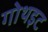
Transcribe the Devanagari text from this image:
गोथइट